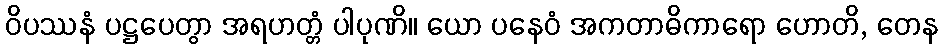
ဝိပဿနံ ပဋ္ဌပေတွာ အရဟတ္တံ ပါပုဏိ။ ယော ပနေဝံ အကတာဓိကာရော ဟောတိ, တေန